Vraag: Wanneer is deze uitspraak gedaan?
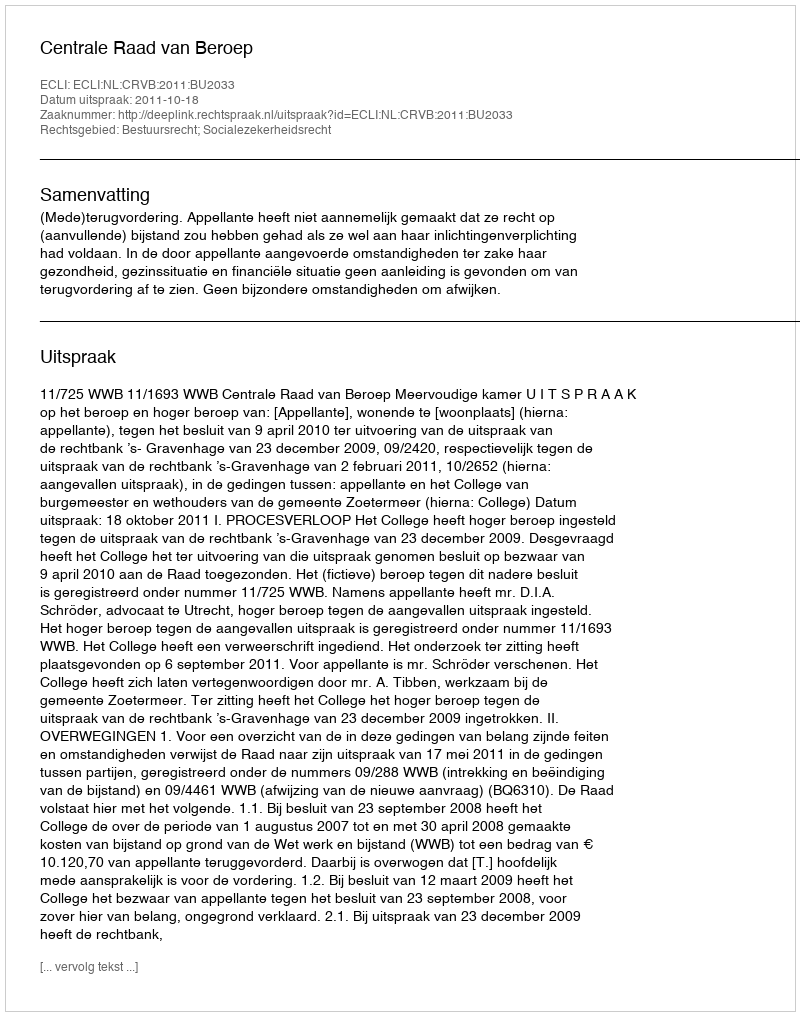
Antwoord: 2011-10-18